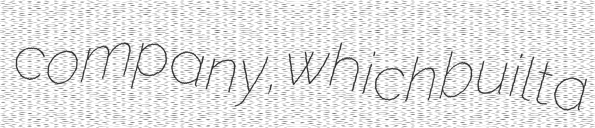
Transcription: company, which built a